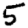
Digit: 5